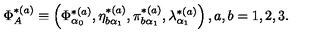
\Phi _ { A } ^ { * ( a ) } \equiv \left( \Phi _ { \alpha _ { 0 } } ^ { * ( a ) } , \eta _ { b \alpha _ { 1 } } ^ { * ( a ) } , \pi _ { b \alpha _ { 1 } } ^ { * ( a ) } , \lambda _ { \alpha _ { 1 } } ^ { * ( a ) } \right) , a , b = 1 , 2 , 3 .